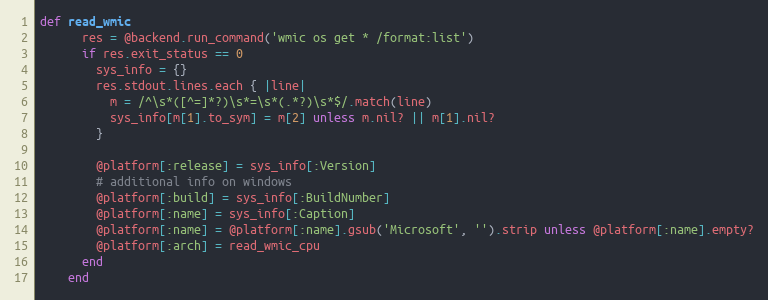
Language: Ruby
def read_wmic
      res = @backend.run_command('wmic os get * /format:list')
      if res.exit_status == 0
        sys_info = {}
        res.stdout.lines.each { |line|
          m = /^\s*([^=]*?)\s*=\s*(.*?)\s*$/.match(line)
          sys_info[m[1].to_sym] = m[2] unless m.nil? || m[1].nil?
        }

        @platform[:release] = sys_info[:Version]
        # additional info on windows
        @platform[:build] = sys_info[:BuildNumber]
        @platform[:name] = sys_info[:Caption]
        @platform[:name] = @platform[:name].gsub('Microsoft', '').strip unless @platform[:name].empty?
        @platform[:arch] = read_wmic_cpu
      end
    end